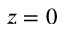
z = 0